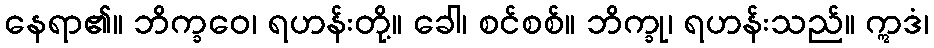
နေရာ၏။ ဘိက္ခဝေ၊ ရဟန်းတို့။ ခေါ၊ စင်စစ်။ ဘိက္ခု၊ ရဟန်းသည်။ ဣဒံ၊